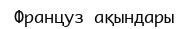
Француз ақындары